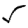
Digit: 5